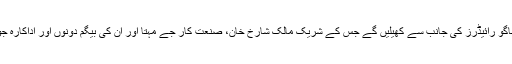
عمراکمل ٹرینباگو رائیڈرز کی جانب سے کھیلیں گے جس کے شریک مالک شارخ خان، صنعت کار جے مہتا اور ان کی بیگم دونوں اور اداکارہ جوہی چاؤلہ ہیں۔